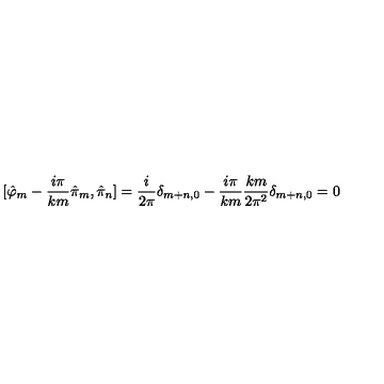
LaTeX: [ \hat { \varphi } _ { m } - \frac { i \pi } { k m } \hat { \pi } _ { m } , \hat { \pi } _ { n } ] = \frac { i } { 2 \pi } \delta _ { m + n , 0 } - \frac { i \pi } { k m } \frac { k m } { 2 \pi ^ { 2 } } \delta _ { m + n , 0 } = 0